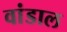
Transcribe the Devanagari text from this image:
वांडाल